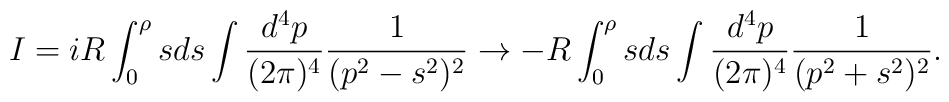
I= i  R \int^{\rho}_{0}sds       \int \frac{d^{4}p}{(2\pi)^{4}}       \frac{1}{(p^{2}-s^{2})^{2}}     \rightarrow - R \int^{\rho}_{0}sds       \int \frac{d^{4}p}{(2\pi)^{4}}       \frac{1}{(p^{2}+s^{2})^{2}}.